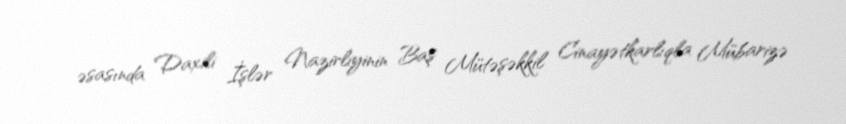
əsasında Daxili İşlər Nazirliyinin Baş Mütəşəkkil Cinayətkarlıqla Mübarizə